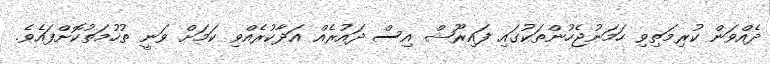
ދެއްވަން ކުރިމަތިވި ހަމަނުޖެހުންތަކުގައި ފައިރޫޝް އިސް ދައުރެއް އަދާކުރެއްވި ކަމަށް ވަނީ ތުހުމަތުކޮށްފައެވެ.